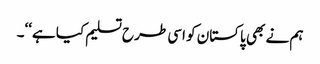
ہم نے بھی پاکستان کو اسی طرح تسلیم کیا ہے‘‘۔